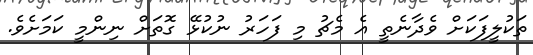
ތަކުލީފަކަށް ވެދާނެތީ އެ މެޗު މި ފަހަރު ނުކުޅޭ ގޮތަށް ނިންމީ ކަމަށެވެ.